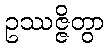
ဥဿဇ္ဇိတွာ